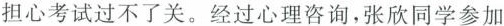
担心考试过不了关。经过心理咨询，张欣同学参加